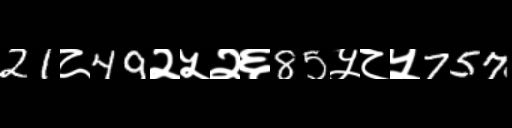
Text: 21८49२५२६85५८५757